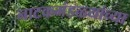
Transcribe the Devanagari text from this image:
नाटकमंडळ्यांच्या